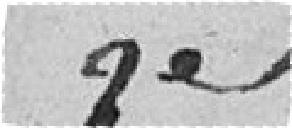
3e